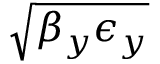
\sqrt { \beta _ { y } \epsilon _ { y } }